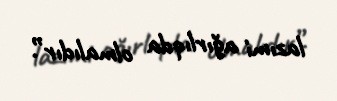
lazımi ağırlıqda olmalıdır”.